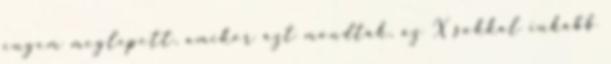
engem meglepett, amikor azt mondták, az X sokkal inkább